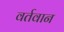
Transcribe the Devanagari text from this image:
वर्तवान